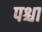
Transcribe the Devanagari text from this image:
पश्चा